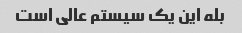
بله این یک سیستم عالی است